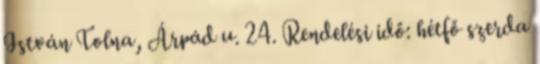
István Tolna, Árpád u. 24. Rendelési idő: hétfő szerda